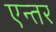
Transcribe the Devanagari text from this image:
एन्तर